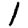
Digit: 1